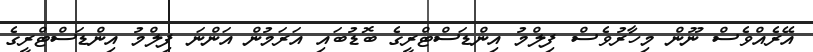
އޭރެއްވެސް ނޫން މިހާރުވެސް ފިލްމު އިންޑަސްޓްރީގެ ބޮޑުބައި އަރަމުން އަންނަ ފިލްމު އިންޑަސްޓްރީގެ